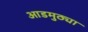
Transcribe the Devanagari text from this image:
आडमुठ्या